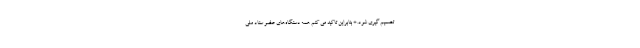
تصمیم گیری شود. * بنابراین تاکید می کنم همه دستگاه‌های عضو ستاد ملی